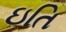
ઇતિ